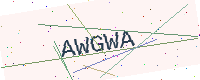
Text: AWGWA